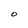
Character: O